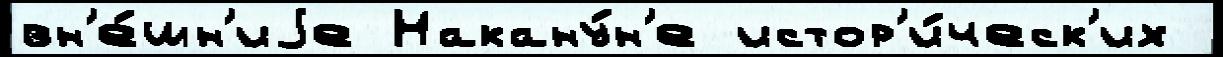
вн'е́шн'иjе Накану́н'е истор'и́ческ'их